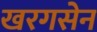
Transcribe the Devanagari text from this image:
खरगसेन